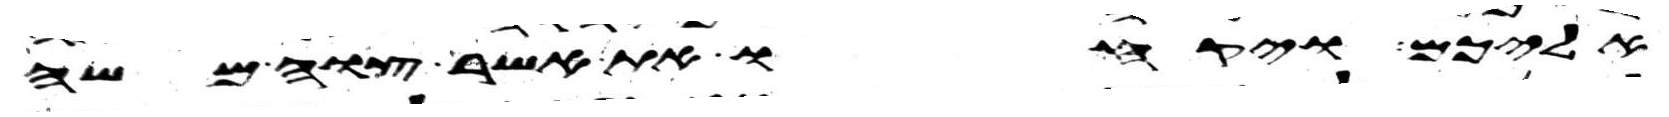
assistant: אליכם ויקחו את אשר צוה משה